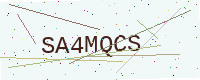
Text: SA4MQCS